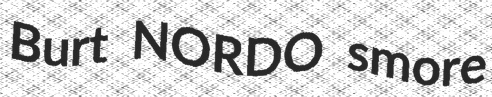
Burt NORDO smore